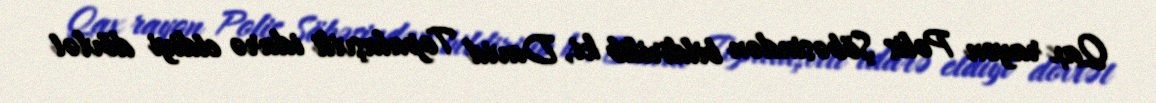
Qax rayon Polis Şöbəsindən bildirilib ki, David Topalaşvili idarə etdiyi dövlət